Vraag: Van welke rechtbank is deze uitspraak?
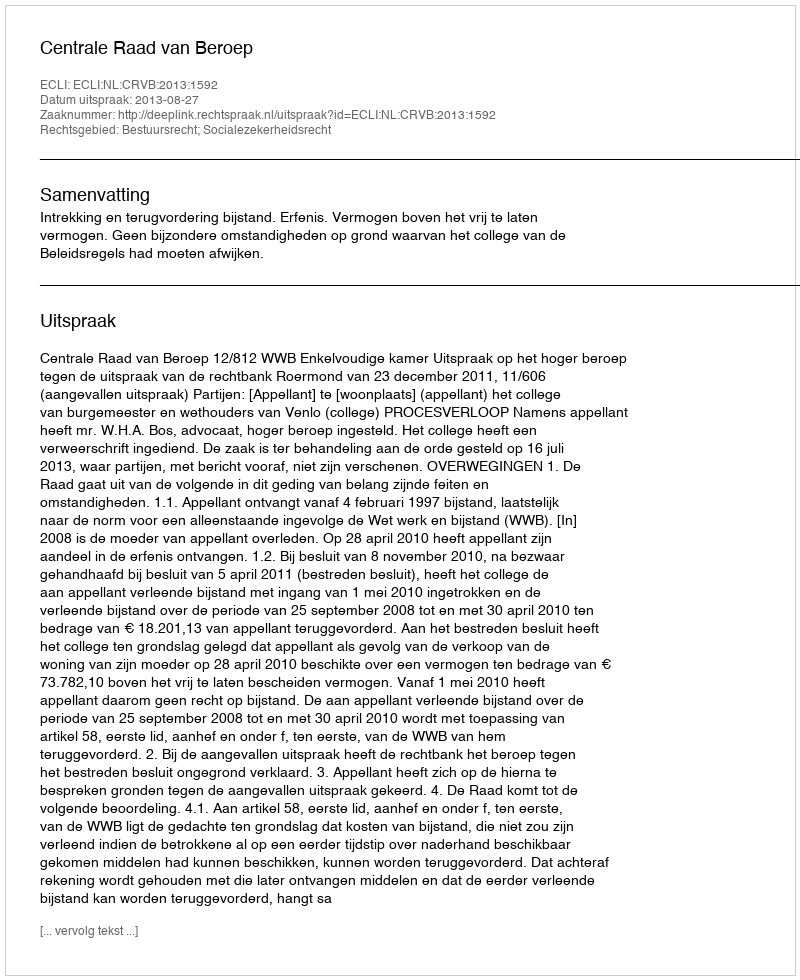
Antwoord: Centrale Raad van Beroep